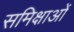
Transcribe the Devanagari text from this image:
समिक्षाओं